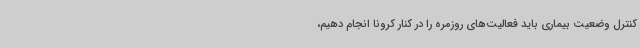
کنترل وضعیت بیماری باید فعالیت‌های روزمره را در کنار کرونا انجام دهیم،